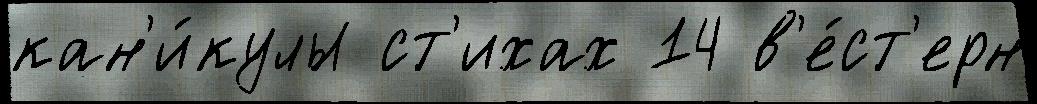
кан'и́кулы ст'ихах 14 в'е́ст'ерн